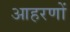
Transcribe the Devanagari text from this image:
आहरणों